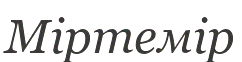
Міртемір